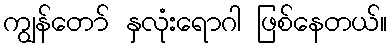
ကျွန်တော် နှလုံးရောဂါ ဖြစ်နေတယ်။